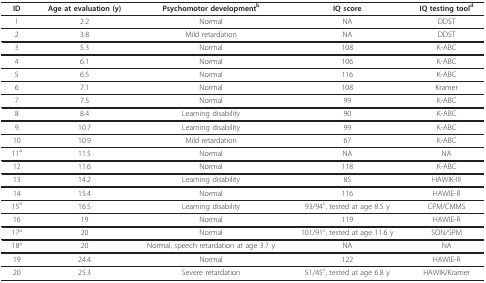
<table><thead><tr><td><b>ID</b></td><td><b>Age at evaluation (y)</b></td><td><b>Psychomotor development<sup>b</sup></b></td><td><b>IQ score</b></td><td><b>IQ testing tool<sup>d</sup></b></td></tr></thead><tbody><tr><td>1</td><td>2.2</td><td>Normal</td><td>NA</td><td>DDST</td></tr><tr><td>2</td><td>3.8</td><td>Mild retardation</td><td>NA</td><td>DDST</td></tr><tr><td>3</td><td>5.3</td><td>Normal</td><td>108</td><td>K-ABC</td></tr><tr><td>4</td><td>6.1</td><td>Normal</td><td>106</td><td>K-ABC</td></tr><tr><td>5</td><td>6.5</td><td>Normal</td><td>116</td><td>K-ABC</td></tr><tr><td>6</td><td>7.1</td><td>Normal</td><td>108</td><td>Kramer</td></tr><tr><td>7</td><td>7.5</td><td>Normal</td><td>99</td><td>K-ABC</td></tr><tr><td>8</td><td>8.4</td><td>Learning disability</td><td>90</td><td>K-ABC</td></tr><tr><td>9</td><td>10.7</td><td>Learning disability</td><td>99</td><td>K-ABC</td></tr><tr><td>10</td><td>10.9</td><td>Mild retardation</td><td>67</td><td>K-ABC</td></tr><tr><td>11<sup>a</sup></td><td>11.5</td><td>Normal</td><td>NA</td><td>NA</td></tr><tr><td>12</td><td>11.6</td><td>Normal</td><td>118</td><td>K-ABC</td></tr><tr><td>13</td><td>14.2</td><td>Learning disability</td><td>85</td><td>HAWIK-III</td></tr><tr><td>14</td><td>15.4</td><td>Normal</td><td>116</td><td>HAWIE-R</td></tr><tr><td>15<sup>a</sup></td><td>16.5</td><td>Learning disability</td><td>93/94<sup>c</sup>, tested at age 8.5 y</td><td>CPM/CMMS</td></tr><tr><td>16</td><td>19</td><td>Normal</td><td>119</td><td>HAWIE-R</td></tr><tr><td>17<sup>a</sup></td><td>20</td><td>Normal</td><td>101/91<sup>c</sup>, tested at age 11.6 y</td><td>SON/SPM</td></tr><tr><td>18<sup>a</sup></td><td>20</td><td>Normal, speech retardation at age 3.7 y</td><td>NA</td><td>NA</td></tr><tr><td>19</td><td>24.4</td><td>Normal</td><td>122</td><td>HAWIE-R</td></tr><tr><td>20</td><td>25.3</td><td>Severe retardation</td><td>51/45<sup>c</sup>, tested at age 6.8 y</td><td>HAWIK/Kramer</td></tr></tbody></table>